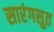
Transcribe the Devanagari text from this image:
सारंगसुत